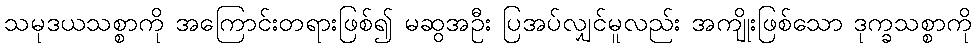
သမုဒယသစ္စာကို အကြောင်းတရားဖြစ်၍ မဆွအဦး ပြအပ်လျှင်မူလည်း အကျိုးဖြစ်သော ဒုက္ခသစ္စာကို